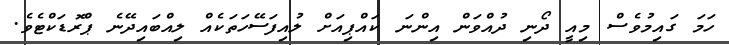
ހަމަ ގައިމުވެސް މިއީ ދޯނި ދުއްވަން އިންނަ ކައްޕިއަށް ލުއިފަސޭހަތަކެއް ލިއްބައިދޭނެ ޕްރޮޑަކްޓެވެ.